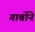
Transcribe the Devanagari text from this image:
गार्बोने